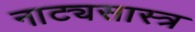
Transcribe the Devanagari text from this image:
नाट्यसास्त्र